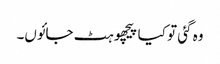
وہ گئی تو کیا پیچھو ہٹ جائوں۔